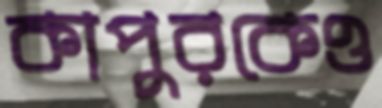
কাপুরকেও